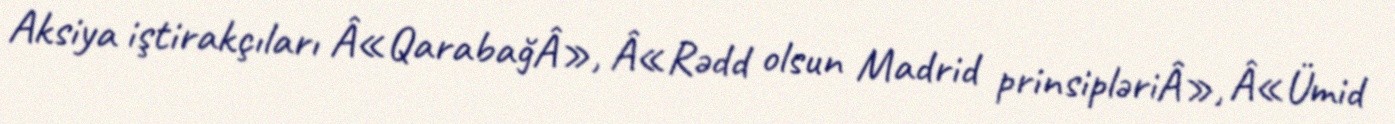
Aksiya iştirakçıları Â«QarabağÂ», Â«Rədd olsun Madrid prinsipləriÂ», Â«Ümid